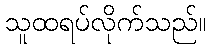
သူထရပ်လိုက်သည်။